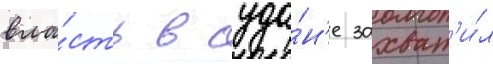
вла́сть в суда́н'е захват'и́л